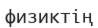
физиктің